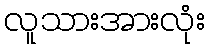
လူသားအားလုံး